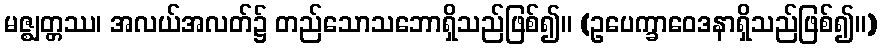
မဇ္ဈတ္တဿ၊ အလယ်အလတ်၌ တည်သောသဘောရှိသည်ဖြစ်၍။ (ဥပေက္ခာဝေဒနာရှိသည်ဖြစ်၍။)